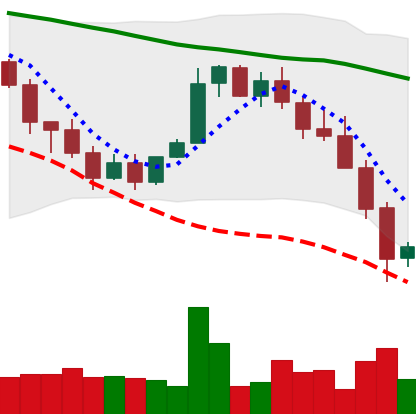
Ticker: XMR-USD
Chart end date: 2022-01-23
Forward return: -4.713%
Label: down_3_5